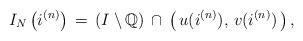
LaTeX: \begin{align*}I_N\left(i^{(n)}\right)\,= \,\left( I \setminus {\mathbb{Q}}\right) \,\cap \,\left(\,u(i^{(n)}), \,v(i^{(n)})\,\right), \end{align*}